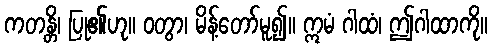
ကတန္တိ၊ ပြု၏ဟု။ ဝတွာ၊ မိန့်တော်မူ၍။ ဣမံ ဂါထံ၊ ဤဂါထာကို။